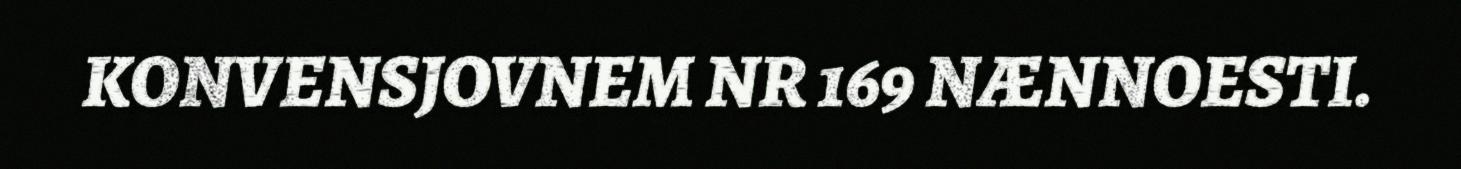
KONVENSJOVNEM NR 169 NÆNNOESTI.